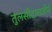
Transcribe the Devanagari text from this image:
तुलसीदासजीने